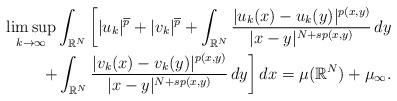
LaTeX: \begin{align*} \limsup_{k \to \infty}\int_{\mathbb{R}^{N} }\bigg[|u_k|^{\overline{p}}+|v_k|^{\overline{p}} + \int_{\mathbb{R}^{N} }\frac{|u_k(x)-u_k(y)|^{p(x,y)}}{|x-y|^{N+sp(x,y)}} \,dy \\ +\int_{\mathbb{R}^{N} }\frac{|v_k(x)-v_k(y)|^{p(x,y)}}{|x-y|^{N+sp(x,y)}} \,dy \bigg]\,dx= \mu (\mathbb{R}^{N}) + \mu_{\infty}. \end{align*}